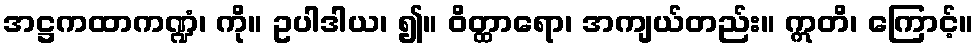
အဋ္ဌကထာကဏ္ဍံ၊ ကို။ ဥပါဒါယ၊ ၍။ ဝိတ္ထာရော၊ အကျယ်တည်း။ ဣတိ၊ ကြောင့်။